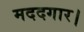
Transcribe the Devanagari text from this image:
मददगार।